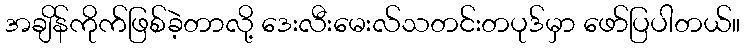
အချိန်ကိုက်ဖြစ်ခဲ့တာလို့ ဒေးလီးမေးလ်သတင်းတပုဒ်မှာ ဖော်ပြပါတယ်။